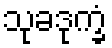
သုခဒုက္ခံ